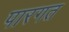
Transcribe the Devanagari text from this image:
पारगत